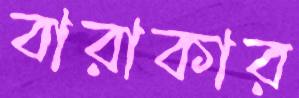
বারাকার